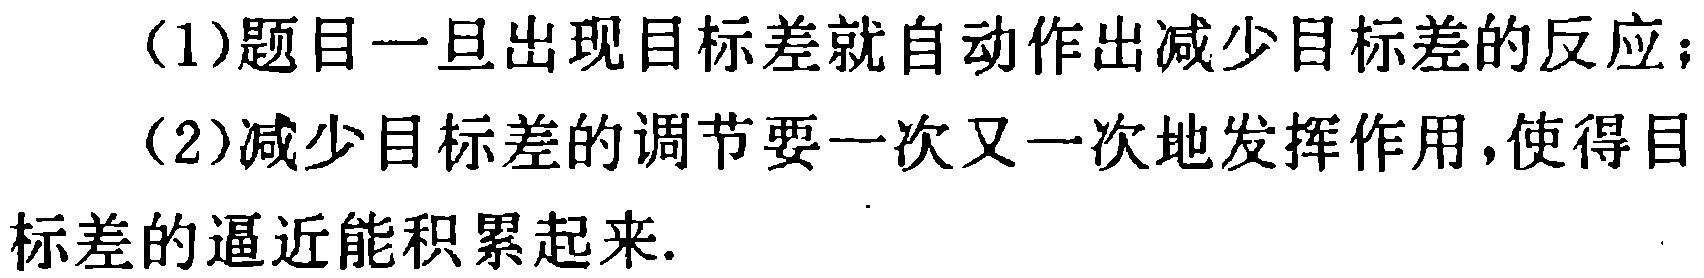
(1)题目一旦出现目标差就自动作出减少目标差的反应；
(2)减少目标差的调节要一次又一次地发挥作用，使得目标差的逼近能积累起来.